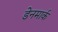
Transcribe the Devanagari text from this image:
डेेनमार्क